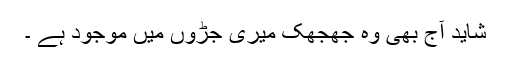
شاید آج بھی وہ جھجھک میری جڑوں میں موجود ہے ۔